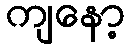
ကျနော့